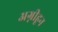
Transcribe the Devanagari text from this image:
अग्नीहून